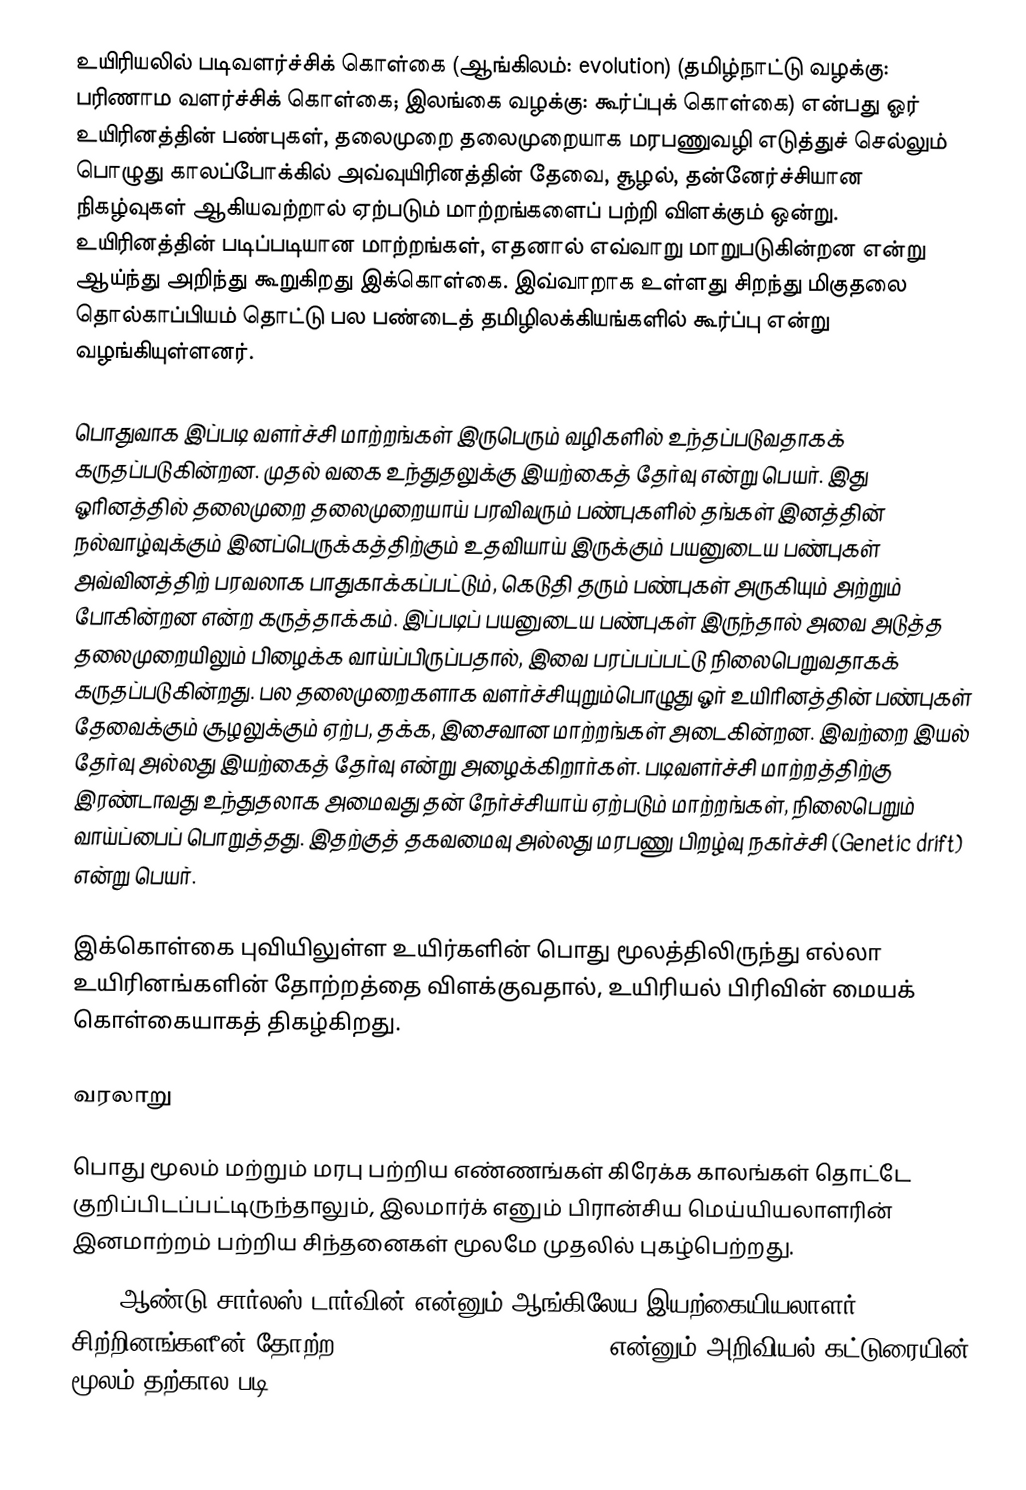
உயிரியலில் படிவளர்ச்சிக் கொள்கை (ஆங்கிலம்: evolution) (தமிழ்நாட்டு வழக்கு: பரிணாம வளர்ச்சிக் கொள்கை; இலங்கை வழக்கு: கூர்ப்புக் கொள்கை) என்பது ஓர் உயிரினத்தின் பண்புகள், தலைமுறை தலைமுறையாக மரபணுவழி எடுத்துச் செல்லும் பொழுது காலப்போக்கில் அவ்வுயிரினத்தின் தேவை, சூழல், தன்னேர்ச்சியான நிகழ்வுகள் ஆகியவற்றால் ஏற்படும் மாற்றங்களைப் பற்றி விளக்கும் ஒன்று. உயிரினத்தின் படிப்படியான மாற்றங்கள், எதனால் எவ்வாறு மாறுபடுகின்றன என்று ஆய்ந்து அறிந்து கூறுகிறது இக்கொள்கை. இவ்வாறாக உள்ளது சிறந்து மிகுதலை தொல்காப்பியம் தொட்டு பல பண்டைத் தமிழிலக்கியங்களில் கூர்ப்பு என்று வழங்கியுள்ளனர்.

பொதுவாக இப்படி வளர்ச்சி மாற்றங்கள் இருபெரும் வழிகளில் உந்தப்படுவதாகக் கருதப்படுகின்றன. முதல் வகை உந்துதலுக்கு இயற்கைத் தேர்வு என்று பெயர். இது ஓரினத்தில் தலைமுறை தலைமுறையாய் பரவிவரும் பண்புகளில் தங்கள் இனத்தின் நல்வாழ்வுக்கும் இனப்பெருக்கத்திற்கும் உதவியாய் இருக்கும் பயனுடைய பண்புகள் அவ்வினத்திற் பரவலாக பாதுகாக்கப்பட்டும், கெடுதி தரும் பண்புகள் அருகியும் அற்றும் போகின்றன என்ற கருத்தாக்கம். இப்படிப் பயனுடைய பண்புகள் இருந்தால் அவை அடுத்த தலைமுறையிலும் பிழைக்க வாய்ப்பிருப்பதால், இவை பரப்பப்பட்டு நிலைபெறுவதாகக் கருதப்படுகின்றது. பல தலைமுறைகளாக வளர்ச்சியுறும்பொழுது ஓர் உயிரினத்தின் பண்புகள் தேவைக்கும் சூழலுக்கும் ஏற்ப, தக்க, இசைவான மாற்றங்கள் அடைகின்றன. இவற்றை இயல் தேர்வு அல்லது இயற்கைத் தேர்வு என்று அழைக்கிறார்கள். படிவளர்ச்சி மாற்றத்திற்கு இரண்டாவது உந்துதலாக அமைவது தன் நேர்ச்சியாய் ஏற்படும் மாற்றங்கள், நிலைபெறும் வாய்ப்பைப் பொறுத்தது. இதற்குத் தகவமைவு அல்லது மரபணு பிறழ்வு நகர்ச்சி (Genetic drift) என்று பெயர்.

இக்கொள்கை புவியிலுள்ள உயிர்களின் பொது மூலத்திலிருந்து எல்லா உயிரினங்களின் தோற்றத்தை  விளக்குவதால், உயிரியல் பிரிவின் மையக் கொள்கையாகத் திகழ்கிறது.

வரலாறு

பொது மூலம் மற்றும் மரபு பற்றிய எண்ணங்கள் கிரேக்க காலங்கள் தொட்டே குறிப்பிடப்பட்டிருந்தாலும், இலமார்க் எனும் பிரான்சிய மெய்யியலாளரின்  இனமாற்றம் பற்றிய சிந்தனைகள் மூலமே  முதலில் புகழ்பெற்றது.
1859 ஆண்டு  சார்லஸ் டார்வின் என்னும் ஆங்கிலேய இயற்கையியலாளர், சிற்றினங்களீன் தோற்ற:en:On the Origin of Species என்னும் அறிவியல் கட்டுரையின் மூலம் தற்கால படி